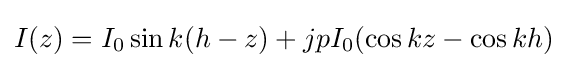
I(z)=I_{0}\sin {k(h-z)}+jpI_{0}(\cos kz-\cos kh)